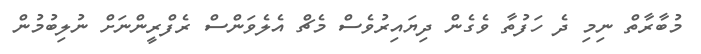
މުބާރާތް ނިމި ދެ ހަފުތާ ވެގެން ދިޔައިރުވެސް މެޗް އެލެވަންސް ރެފްރީންނަށް ނުލިބުމުން